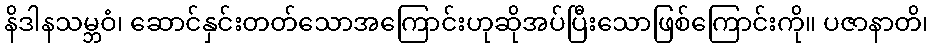
နိဒါနသမ္ဘဝံ၊ ဆောင်နှင်းတတ်သောအကြောင်းဟုဆိုအပ်ပြီးသောဖြစ်ကြောင်းကို။ ပဇာနာတိ၊